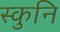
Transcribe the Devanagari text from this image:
स्कुनि